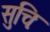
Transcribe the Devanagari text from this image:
सुचिः